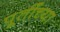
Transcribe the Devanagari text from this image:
पूर्तीच्या